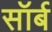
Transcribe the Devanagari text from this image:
सॉर्ब